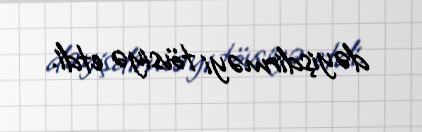
dəyişdirməyi tövsiyə etdi.